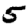
Digit: 5